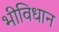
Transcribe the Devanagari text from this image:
भीविधान